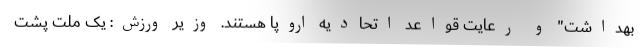
بهداشت" و رعایت قواعد اتحادیه اروپا هستند. وزیر ورزش: یک ملت پشت